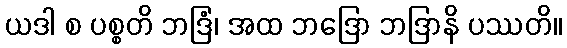
ယဒါ စ ပစ္စတိ ဘဒြံံ၊ အထ ဘဒြော ဘဒြာနိ ပဿတိ။